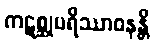
ကဋစ္ဆုပရိဿာဝနန္တိ